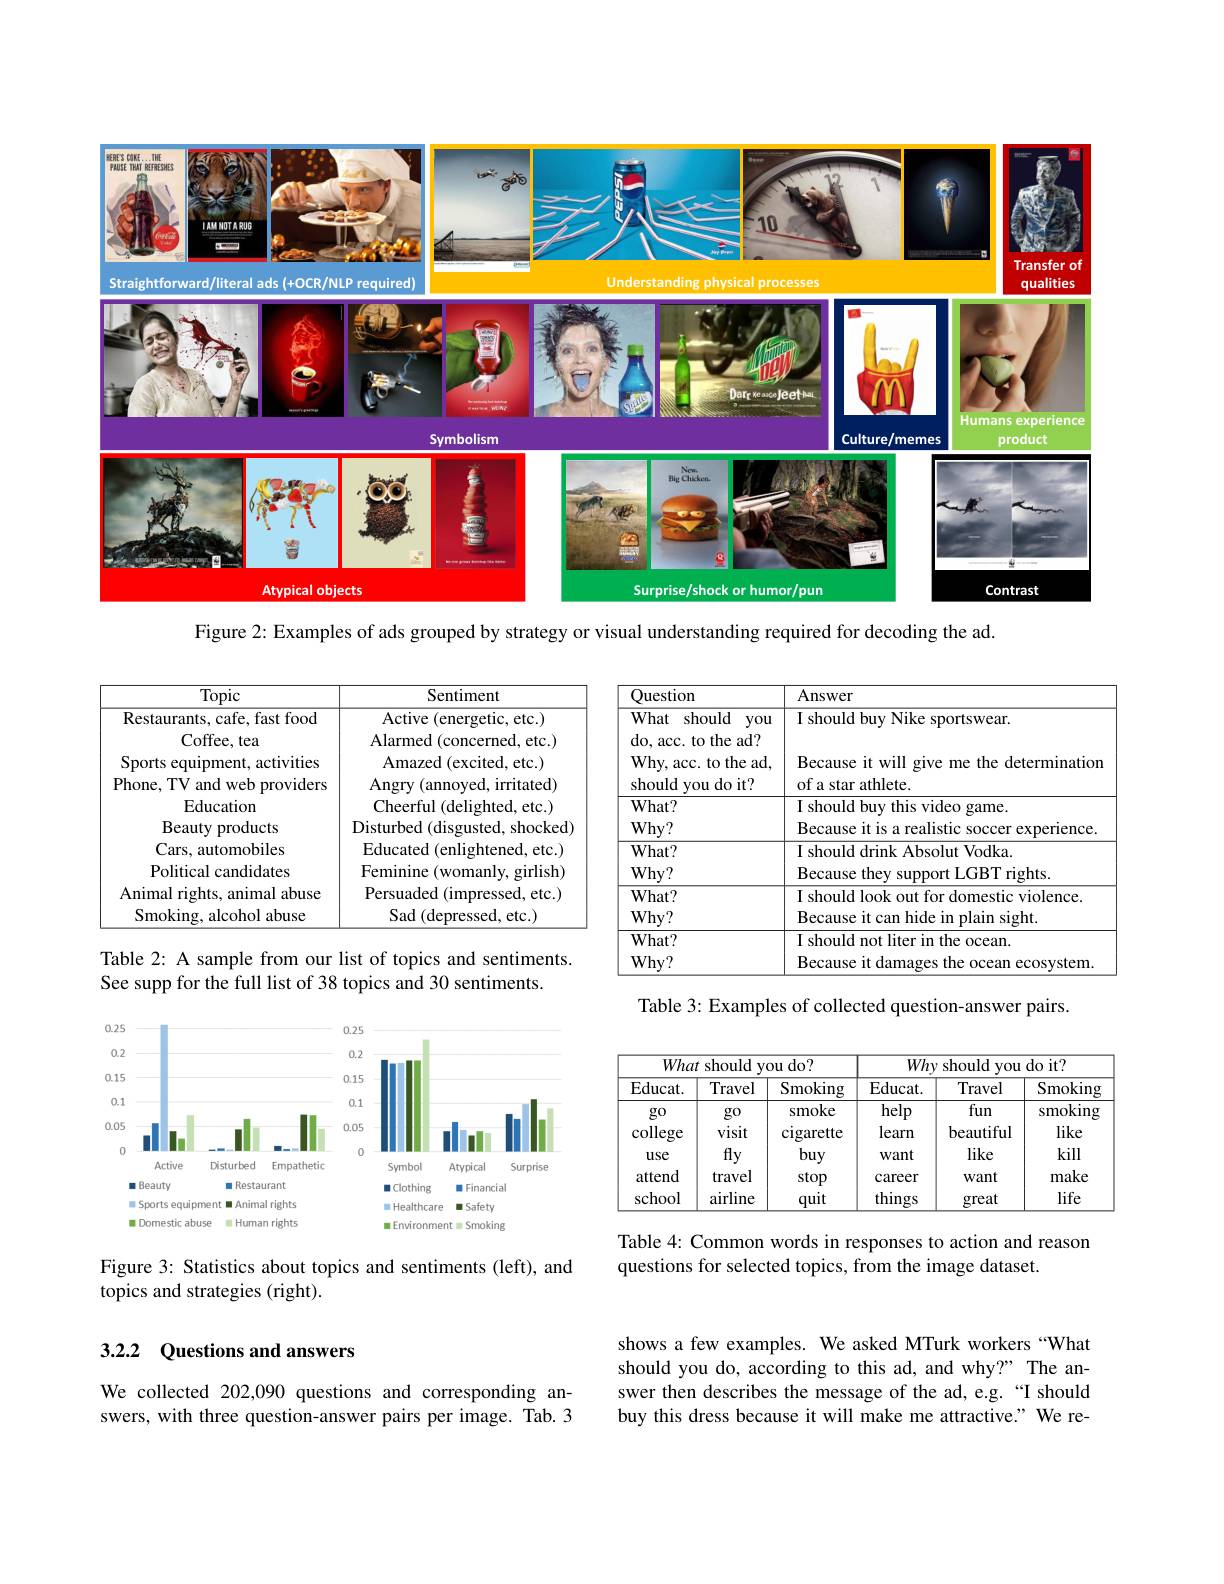
<FigureHere>
Figure 2: Examples of ads grouped by strategy or visual understanding required for decoding the ad.

<table>
	<tbody>
		<tr>
			<th>Topic</th>
			<th>Sentiment</th>
			<th>Question</th>
			<th>Answer</th>
		</tr>
		<tr>
			<td>Restaurants, cafe, fast food Coffee, tea</td>
			<td>Active ( energetic, etc. ) ${\mathrm{Alarmed~(concerned,~etc.)}}$</td>
			<td>What should you do, acc. to the ad?</td>
			<td>I should buy Nike sportswear.</td>
		</tr>
		<tr>
			<td>Restaurants, cafe, fast food</td>
			<td>Active ( energetic, etc. ) </td>
			<td>What $\cdot$ should you</td>
			<td>I should buy Nike sportswear.</td>
		</tr>
		<tr>
			<td>Sports equipment, activities</td>
			<td>${\mathrm{Amazed~(excited,~etc.)}}$</td>
			<td>Why, acc. to the ad,</td>
			<td>Because it will give me the determination</td>
		</tr>
		<tr>
			<td>Phone, TV and web providers</td>
			<td>Angry (annoyed, irritated)</td>
			<td>should you do it?</td>
			<td>of a star athlete.</td>
		</tr>
		<tr>
			<td>Beauty products</td>
			<td>bed (disgusted, shocked) 119 NI 1</td>
			<td>$Why?$</td>
			<td>Because it is a reali $1Su$ soccer experience.</td>
		</tr>
		<tr>
			<td>Cars, automobiles</td>
			<td>$\operatorname{Educated}($ (enlightened, etc.)</td>
			<td>$What?$</td>
			<td>I should drink Absolut Vodka.</td>
		</tr>
		<tr>
			<td>Political candidates</td>
			<td>Feminine (womanly, girlish)</td>
			<td>$Why?$</td>
			<td>Because they support LGBT rights</td>
		</tr>
		<tr>
			<td>Animal rights, animal abuse Smoking, alcohol abuse</td>
			<td>Persuaded (impressed, etc.) $\operatorname{Sad}($depressed, etc.)</td>
			<td>$What?$ $Why?$</td>
			<td>I should look out for domestic violence. Because it can hide in plain sight.</td>
		</tr>
		<tr>
			<td>${\mathrm{able~2:~A~s}}$ sample e from our</td>
			<td>list of topics and sentiments.</td>
			<td>$What?$ $Why?$</td>
			<td>I should not liter in the ocean. Because it damages the ocean ecosystem.</td>
		</tr>
	</tbody>
</table>

Table 3: Examples of collected question-answer pairs.

<FigureHere>

<table>
	<tbody>
		<tr>
			<th colspan="2">What should you do?</th>
			<th rowspan="1">What should you do?</th>
			<th colspan="3">Why should you do it?</th>
		</tr>
		<tr>
			<th>Educat. </th>
			<th>Travel</th>
			<th>Smoking</th>
			<th>Educat. </th>
			<th>Travel</th>
			<th>Smoking</th>
		</tr>
		<tr>
			<td>$g0$</td>
			<td>$g0$</td>
			<td>smoke</td>
			<td>help</td>
			<td>fun</td>
			<td>smoking</td>
		</tr>
		<tr>
			<td>college</td>
			<td>visit</td>
			<td>cigarette</td>
			<td>learn</td>
			<td>beautiful</td>
			<td>like</td>
		</tr>
		<tr>
			<td>use</td>
			<td>fly</td>
			<td>buy</td>
			<td>Want</td>
			<td>like</td>
			<td>kill</td>
		</tr>
		<tr>
			<td>attend</td>
			<td>travel</td>
			<td>stop</td>
			<td>career</td>
			<td>Want</td>
			<td>make</td>
		</tr>
		<tr>
			<td>school</td>
			<td>airline</td>
			<td>quit</td>
			<td>things</td>
			<td>great</td>
			<td>life</td>
		</tr>
	</tbody>
</table>

Table 4: Common words in responses to action and reason
questions for selected topics, from the image dataset.

Figure 3: Statistics about topics and sentiments (left), and
topics and strategies (right).

### 3.2.2 Questions and answers

shows a few examples. We asked MTurk workers “What should you do, according to this ad, and why?" The answer then describes the message of the ad, e.g.“I should buy this dress because it will make me attractive." We re-

We collected 202,090 questions and corresponding answers, with three question-answer pairs per image. Tab.3